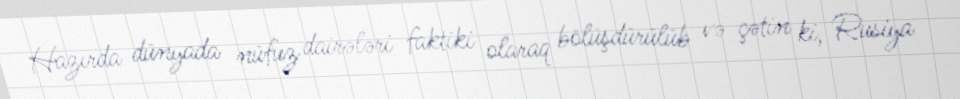
Hazırda dünyada nüfuz dairələri faktiki olaraq bölüşdürülüb və çətin ki, Rusiya